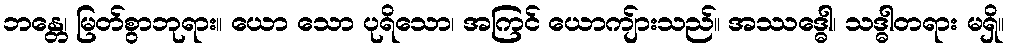
ဘန္တေ၊ မြတ်စွာဘုရား။ ယော သော ပုရိသော၊ အကြင် ယောကျ်ားသည်။ အဿဒ္ဓေါ၊ သဒ္ဓါတရား မရှိ။